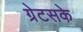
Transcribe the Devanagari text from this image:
ग्रेटसके